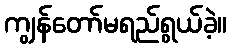
ကျွန်တော်မရည်ရွယ်ခဲ့။